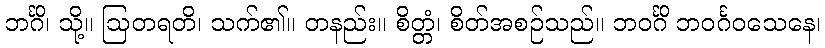
ဘင်္ဂိ၊ သို့။ ဩတရတိ၊ သက်၏။ တနည်း။ စိတ္တံ၊ စိတ်အစဉ်သည်။ ဘဝင်္ဂိ ဘဝင်္ဂဝသေနေ၊